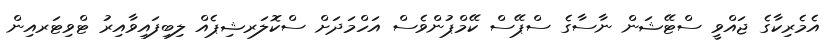
އެމެރިކާގެ ޖައްވީ ސްޓޭޝަން ނާސާގެ ސްޕޭސް ކޭމްޕުންވެސް އަހްމަދަށް ސްކޮލަރޝިޕެއް ލިބިފައިވާއިރު ޓްވިޓަރއިން